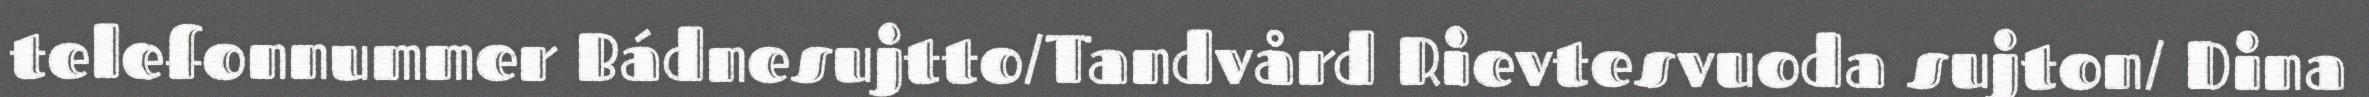
telefonnummer Bádnesujtto/Tandvård Rievtesvuoda sujton/ Dina